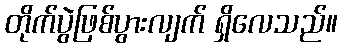
တိုက်ပွဲဖြစ်ပွားလျက် ရှိလေသည်။